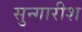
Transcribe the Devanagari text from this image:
सुन्गारीश